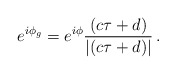
\begin{align*}e^{i\phi _g}=e^{i\phi }\frac{\left( c\tau +d\right) }{\left| \left( c\tau+d\right) \right| }\,.\end{align*}